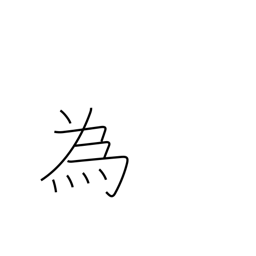
Meaning: do